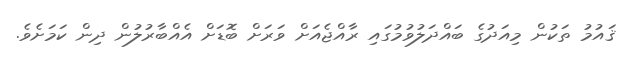
ޤައުމު ތަކުން މިއަދުގެ ބައްދަލުވުމުގައި ރާއްޖެއަށް ވަރަށް ބޮޑަށް އެއްބާރުލުން ދިން ކަމަށެވެ.